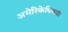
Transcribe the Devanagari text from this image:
अमेरिकेविषयी